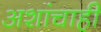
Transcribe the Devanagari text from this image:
अशांचाही